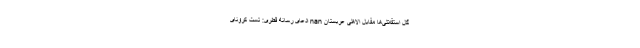
گل استقلالی‌ها مقابل الاهلی عربستان nan ادعای رسانه قطری: تست کرونای